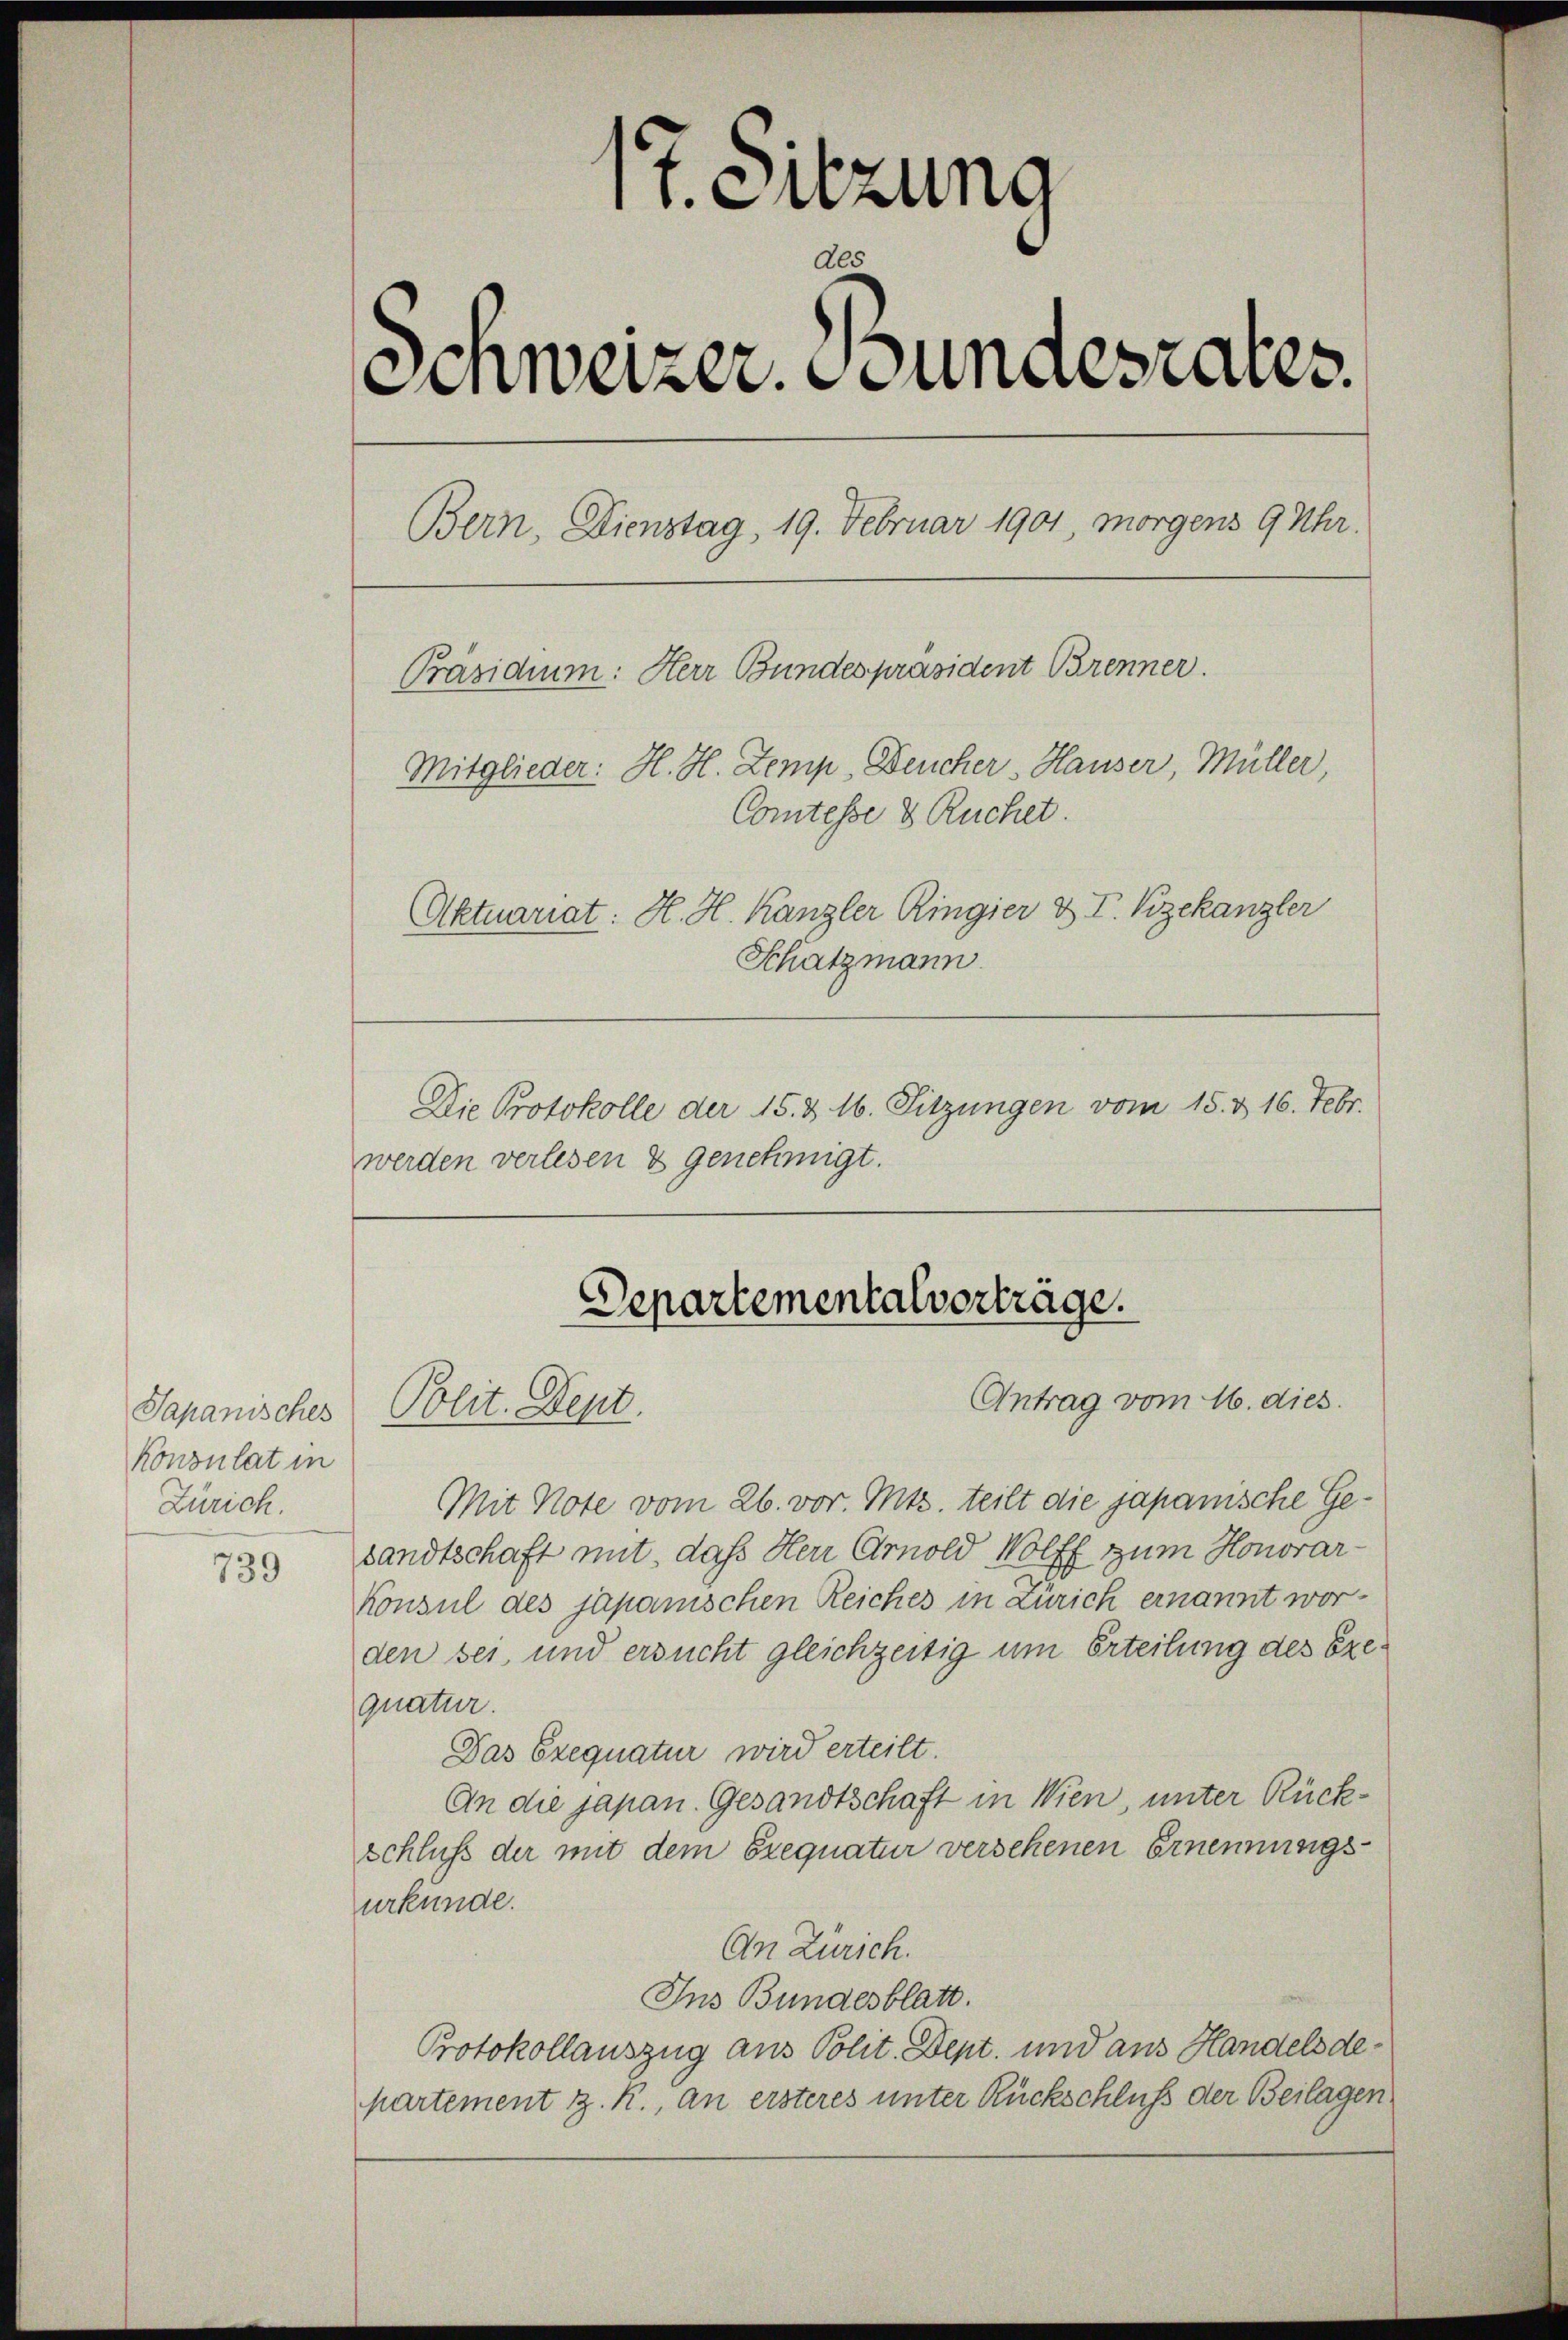
Sapanisches
Konsulat in
Zürich.

739

17. Sitzung
A.
Einweizer. Bundesrates.
Bern Dienstag, 19. Februar 1901, morgens 9 Uhr.
Präsidium: Herr Bundespräsident Brenner.
Mitglieder: H. H. Zemp, Deucher, Hauser, Müller,
Comtesse 8 Ruchet.
Aktuariat: H. H. Kanzler Ringier & T. Vizekanzler
Schatzmann
Die Protokolle der 15. & 16. Sitzungen vom 15. d. 16. Febr.

werden verlesen & genehmigt.

Mit Note vom 26. vor. Mts. teilt die japanische Gesandtschaft mit, daß Herr Arnold Wolff zum Honorar-
Konsul des japanischen Reiches in Zürich ernannt worden sei, und ersucht gleichzeitig um Erteilung des Exequatur.
Das Exequatur wird erteilt.
An die japan. Gesandtschaft in Wien, unter Rück¬
Schluß der mit dem Exequatur versehenen Ernennungsurkunde.
An Zürich.
Ins Bundesblatt.
Protokollauszug aus Polit. Dept. und aus Handelsdepartement z. R., an ersteres unter Rückschluß der Beilagen

Departementalverträge.
Antrag vom 16. dies
Polit. Sept.